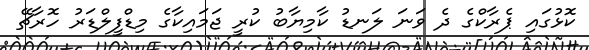
ކޮޅުގައި ޕެރާކްގެ ދެ ވަަނަ ލަނޑު ކާމިޔާބު ކުރީ ޖަމައިކާގެ މިޑްފީލްޑަރު ހޮރާޗޭ